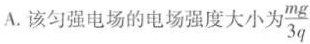
A.该匀强电场的电场强度大小为\frac{mg}{3q}